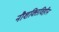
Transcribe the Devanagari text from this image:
नौशक्तिविहीन